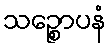
သဉ္စောပနံ